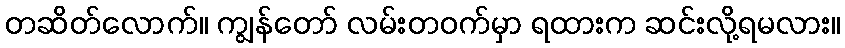
တဆိတ်လောက်။ ကျွန်တော် လမ်းတဝက်မှာ ရထားက ဆင်းလို့ရမလား။